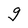
Character: g